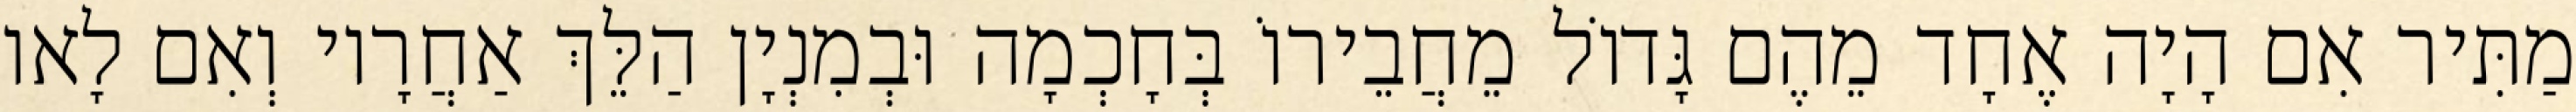
מַתִּיר אִם הָיָה אֶחָד מֵהֶם גָּדוֹל מֵחֲבֵירוֹ בְּחָכְמָה וּבְמִנְיָן הַלֵּךְ אַחֲרָיו וְאִם לָאו